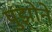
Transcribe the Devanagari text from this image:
पुझोने